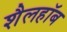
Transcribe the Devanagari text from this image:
शैलहाॅब